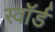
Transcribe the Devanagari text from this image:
स्वाॅर्ड